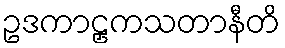
ဥဒကာဠှကသတာနီတိ